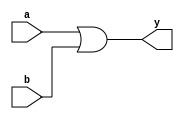
module and_gate(y, a, b);
input a;
input b;
output y;
or G1(y, a, b);

endmodule